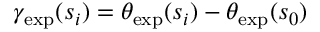
\gamma _ { \mathrm { e x p } } ( s _ { i } ) = \theta _ { \mathrm { e x p } } ( s _ { i } ) - \theta _ { \mathrm { e x p } } ( s _ { 0 } )